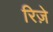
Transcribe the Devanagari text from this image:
रिज़े